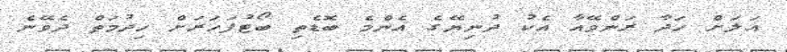
އަލަށް ހަދާ ރަންވޭއާ އެކު ދުނިޔޭގެ އެންމެ ބޮޑެތި ބޯޓުފަހަރަށް ހިދުމަތް ދެވޭނެ